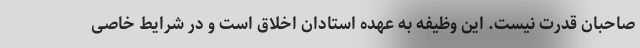
صاحبان قدرت نیست. این وظیفه به عهده استادان اخلاق است و در شرایط خاصی